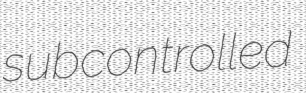
subcontrolled